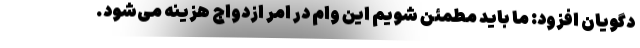
دگویان افزود: ما باید مطمئن شویم این وام در امر ازدواج هزینه می‌شود.